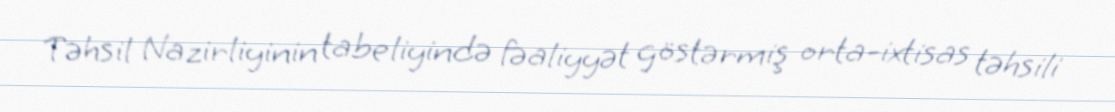
Təhsil Nazirliyinin tabeliyində fəaliyyət göstərmiş orta-ixtisas təhsili